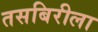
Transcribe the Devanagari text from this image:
तसबिरीला